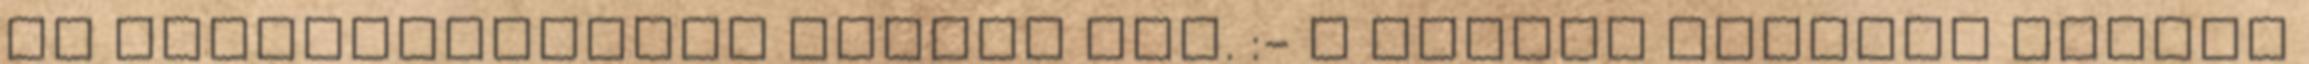
ez véletlenségből került oda. :- A kedves program minden